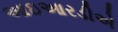
આઇઆરડીએ